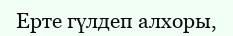
Ерте гүлдеп алхоры,